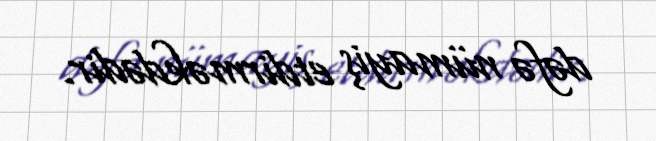
dəfə nümayiş etdirməkdədir.